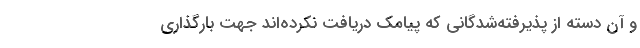
و آن دسته از پذیرفته‌شدگانی که پیامک دریافت نکرده‌اند جهت بارگذاری